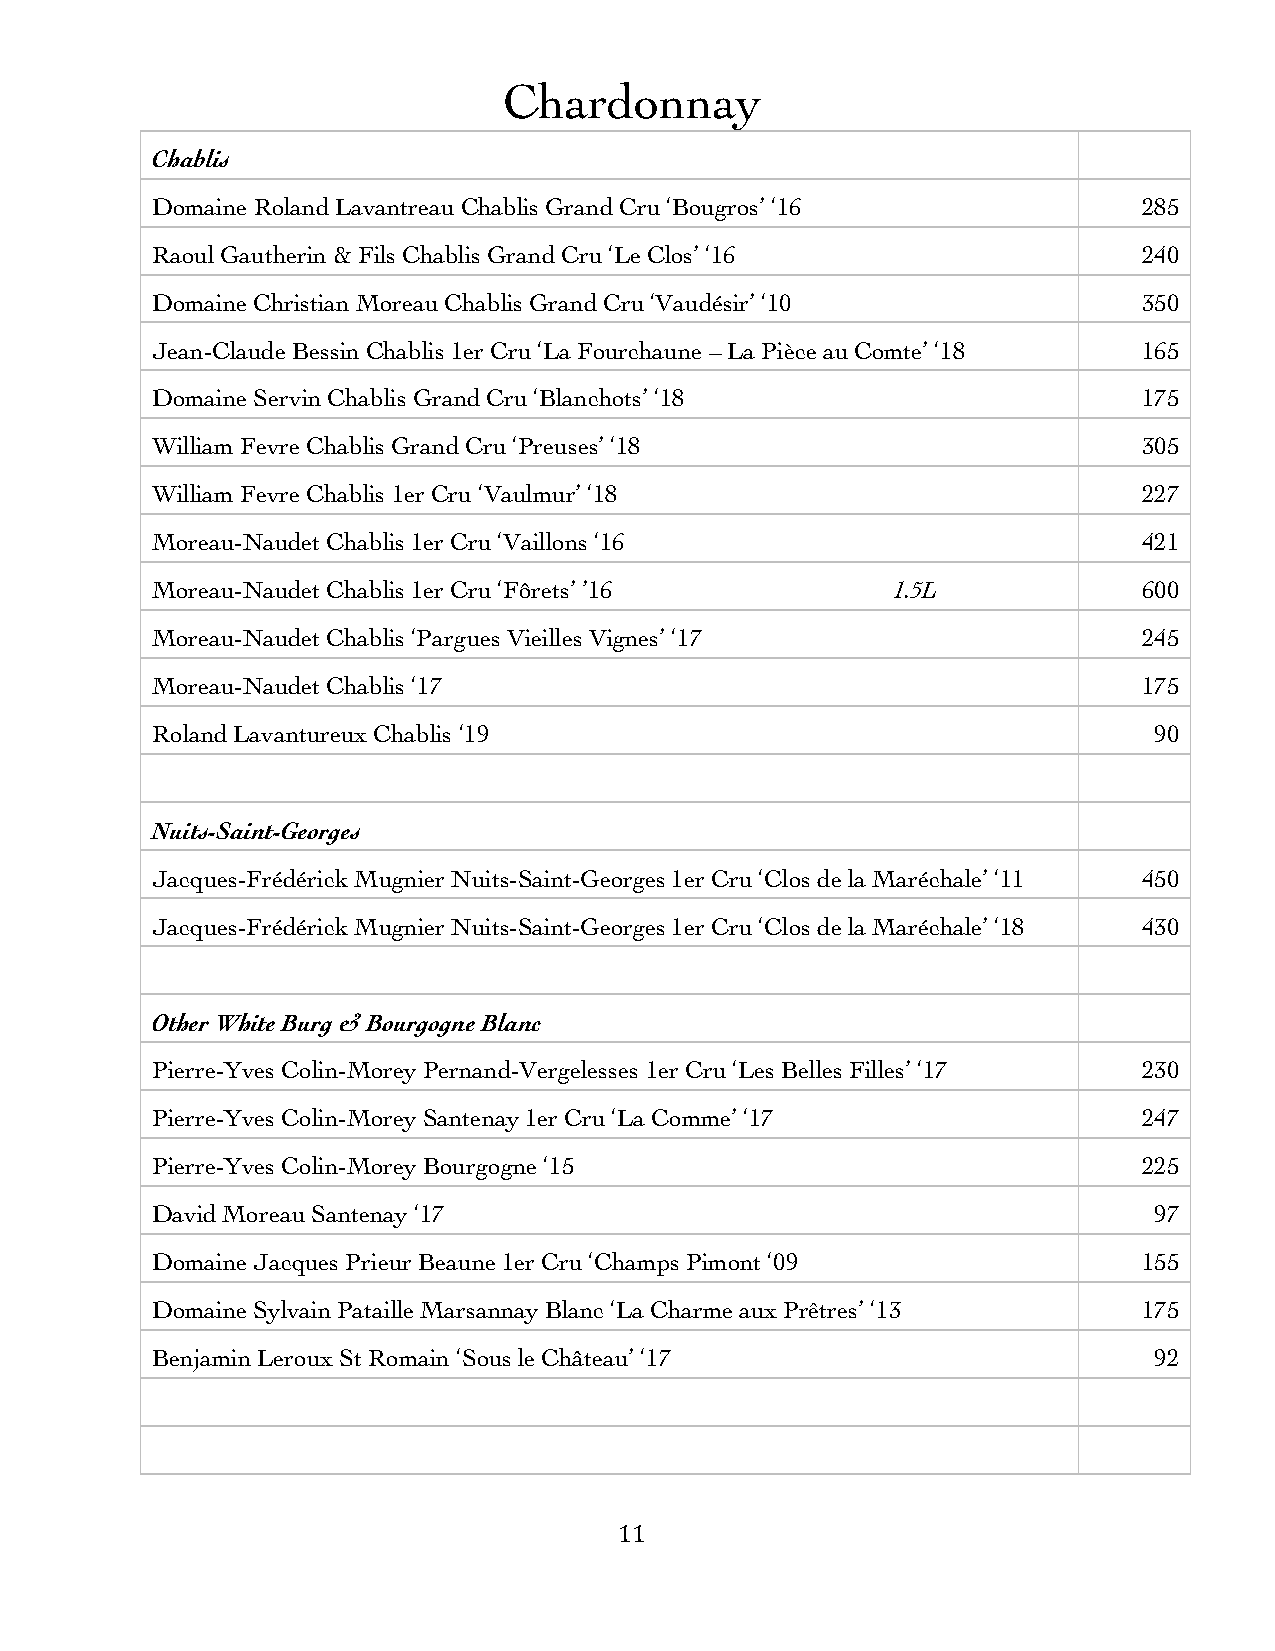
Chardonnay
 Chablis
 Domaine Roland Lavantreau Chablis Grand Cru ‘Bougros’ ‘16         285
 Raoul Gautherin & Fils Chablis Grand Cru ‘Le Clos’ ‘16            240
 Domaine Christian Moreau Chablis Grand Cru ‘Vaudésir’ ‘10         350
 Jean-Claude Bessin Chablis 1er Cru ‘La Fourchaune – La Pièce au Comte’ ‘18 165
 Domaine Servin Chablis Grand Cru ‘Blanchots’ ‘18                  175
 William Fevre Chablis Grand Cru ‘Preuses’ ‘18                     305
 William Fevre Chablis 1er Cru ‘Vaulmur’ ‘18                       227
 Moreau-Naudet Chablis 1er Cru ‘Vaillons ‘16                       421
 Moreau-Naudet Chablis 1er Cru ‘Fôrets’ ’16       1.5L             600
 Moreau-Naudet Chablis ‘Pargues Vieilles Vignes’ ‘17               245
 Moreau-Naudet Chablis ‘17                                         175
 Roland Lavantureux Chablis ‘19                                    90
 Nuits-Saint-Georges
 Jacques-Frédérick Mugnier Nuits-Saint-Georges 1er Cru ‘Clos de la Maréchale’ ‘11 450
 Jacques-Frédérick Mugnier Nuits-Saint-Georges 1er Cru ‘Clos de la Maréchale’ ‘18 430
 Other White Burg & Bourgogne Blanc
 Pierre-Yves Colin-Morey Pernand-Vergelesses 1er Cru ‘Les Belles Filles’ ‘17 230
 Pierre-Yves Colin-Morey Santenay 1er Cru ‘La Comme’ ‘17           247
 Pierre-Yves Colin-Morey Bourgogne ‘15                             225
 David Moreau Santenay ‘17                                         97
 Domaine Jacques Prieur Beaune 1er Cru ‘Champs Pimont ‘09          155
 Domaine Sylvain Pataille Marsannay Blanc ‘La Charme aux Prêtres’ ‘13 175
 Benjamin Leroux St Romain ‘Sous le Château’ ‘17                   92
 11